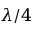
\lambda / 4